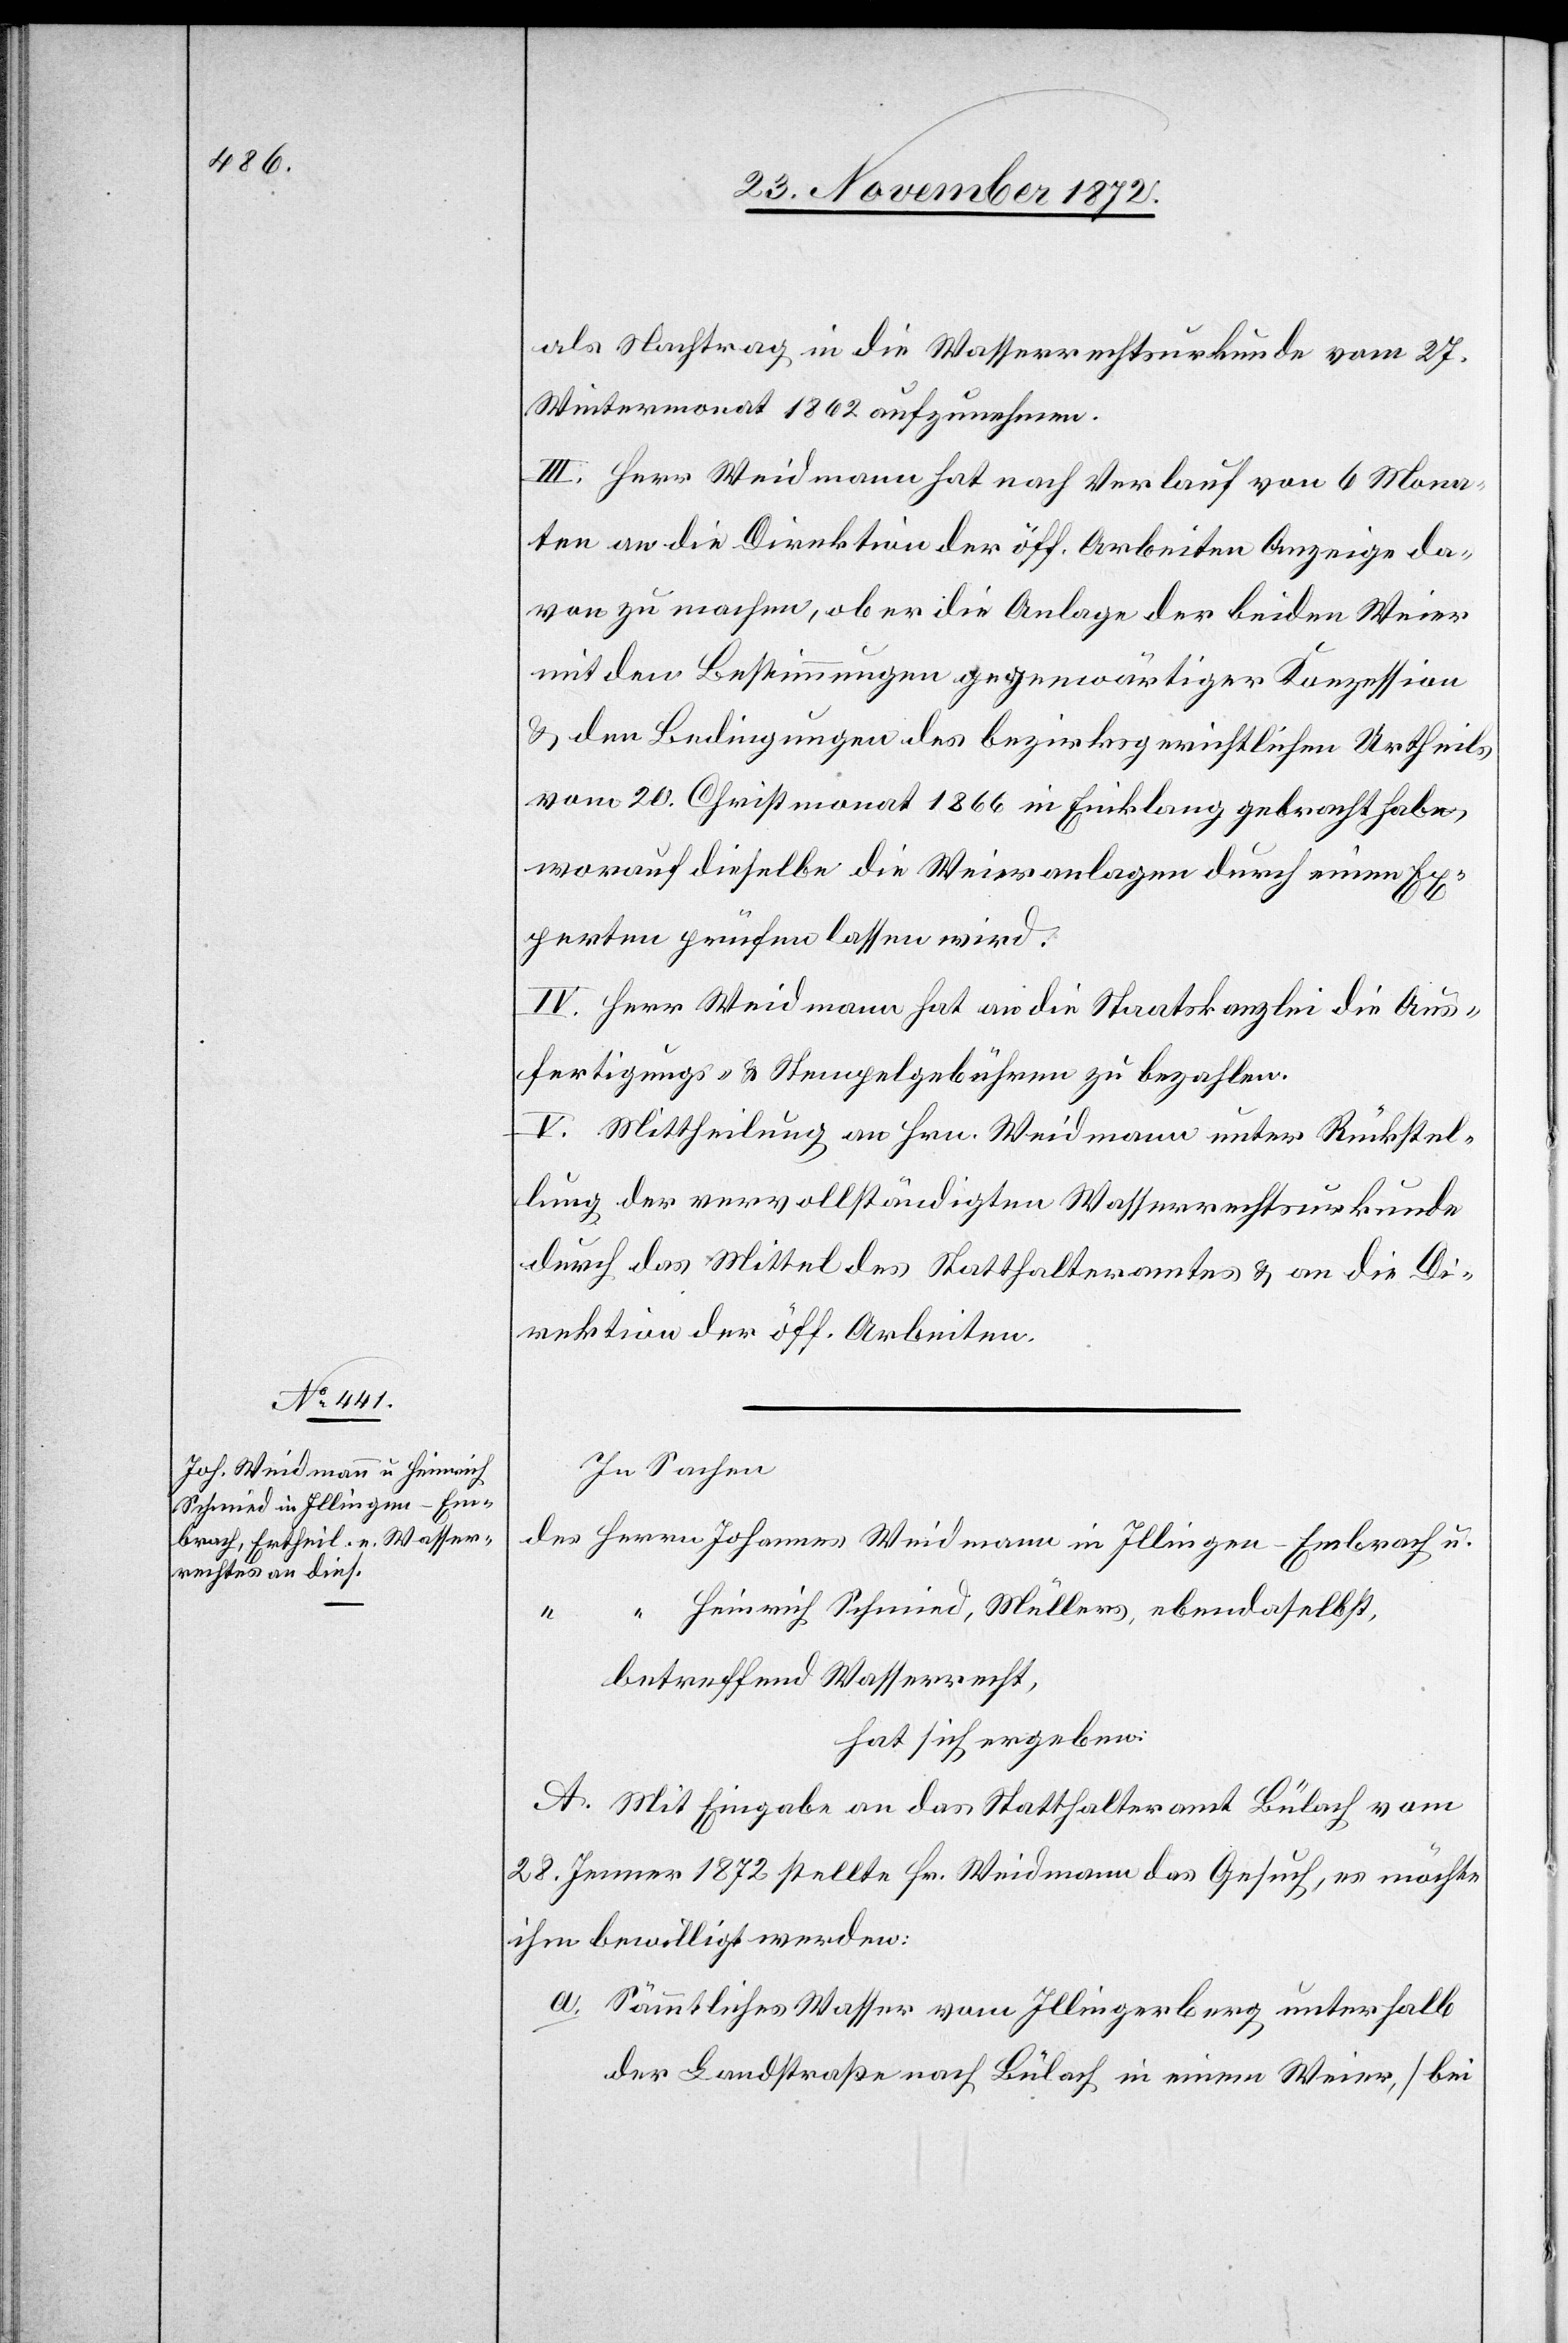
als Nachtrag in die Wasserrechtsurkunde vom 27.
Wintermonat 1862 aufzunehmen.
III. Herr Weidmann hat nach Verlauf von 6 Mona¬
ten an die Direktion der öff. Arbeiten Anzeige da¬
von zu machen, ob er die Anlage der beiden Weier
mit dem Bestimmungen gegenwärtiger Konzession
u. den Bedingungen des bezirksgerichtlichen Urtheils
vom 20. Christmonat 1866 in Einklang gebracht habe,
worauf dieselbe die Weieranlagen durch einen Ex¬
perten prüfen lassen wird.
IV. Herr Weidmann hat an die Staatskanzlei die Aus¬
fertigungs- u. Stempelgebühren zu bezahlen.
V. Mittheilung an Hrn. Weidmann unter Rückstel¬
lung der vervollständigten Wasserrechtsurkunde
durch das Mittel des Statthalteramtes u. an die Di¬
rektion der öff. Arbeiten.
In Sachen
des Herren Johannes Weidmann in Illingen - Embrach u.
“ Heinrich Schmied, Müllers, ebendaselbst,
betreffend Wasserrecht,
hat sich ergeben:
A. Mit Eingabe an das Statthalteramt Bülach vom
28. Jenner 1872 stellte Hr. Weidmann das Gesuch, es möchte
ihm bewilligt werden:
a. Sämmtliches Wasser vom Illingerberg unterhalb
der Landstraße nach Bülach in einem Weier, [bei